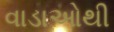
વાડાઓથી